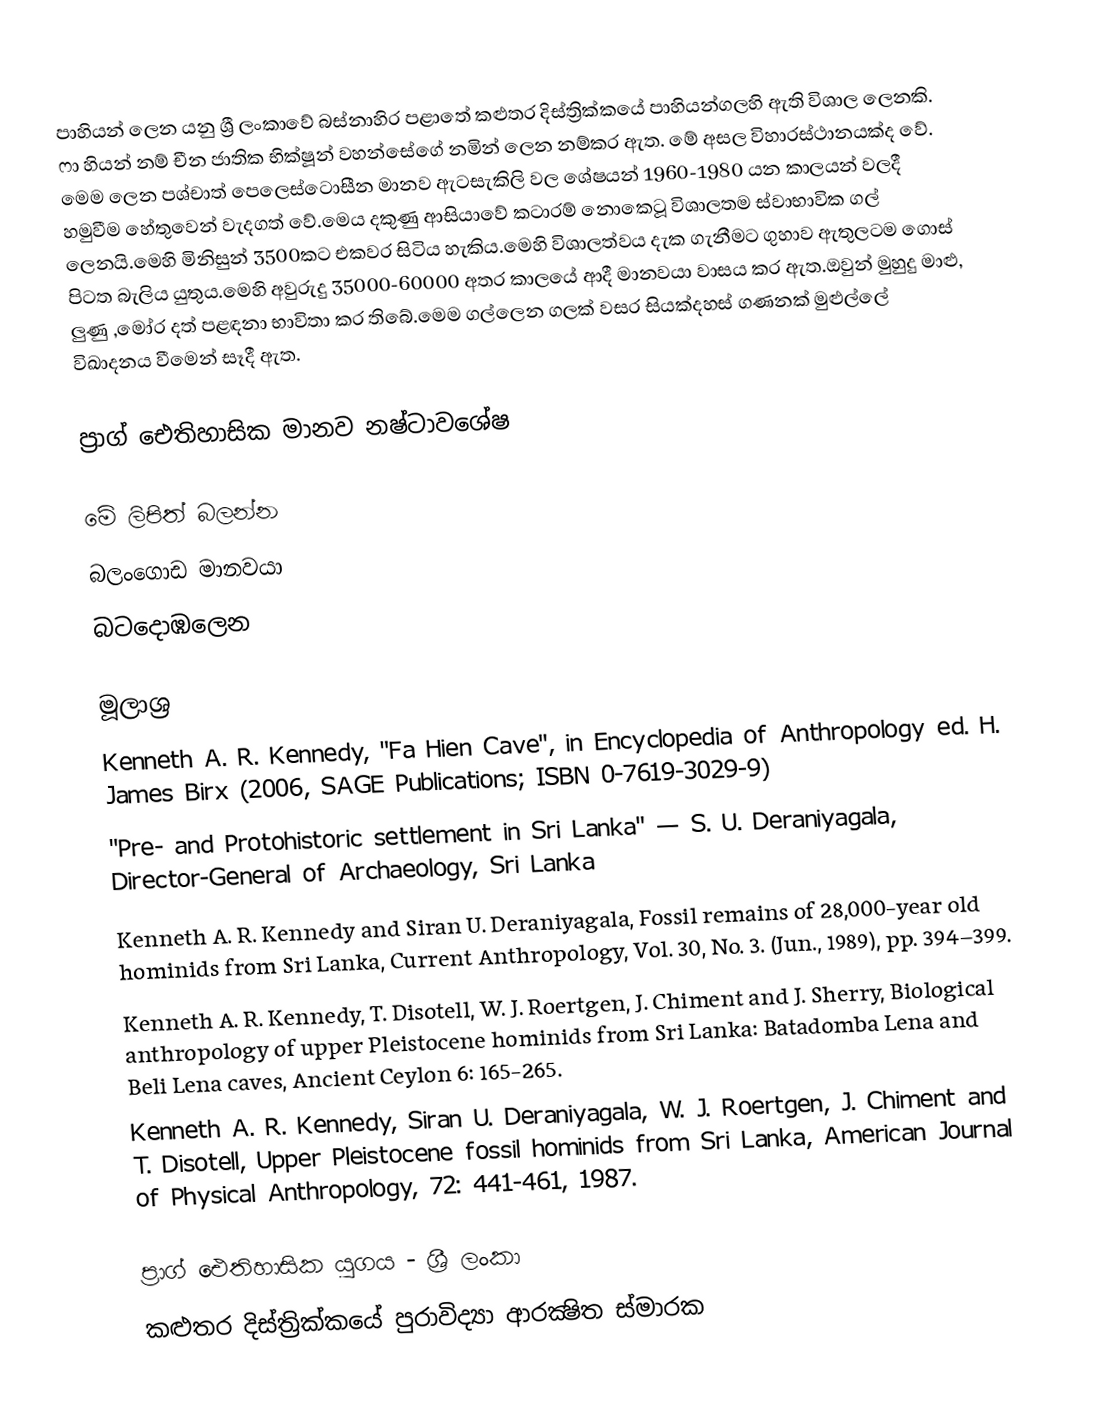
පාහියන් ලෙන යනු ශ්‍රී ලංකාවේ බස්නාහිර පළාතේ කළුතර දිස්ත්‍රික්කයේ පාහියන්ගලහි ඇති විශාල ලෙනකි.  ෆා හියන් නම් චීන ජාතික භික්ෂූන් වහන්සේගේ නමින් ලෙන නම්කර ඇත. මේ අසල විහාරස්ථානයක්ද වේ. මෙම ලෙන පශ්චාත් පෙලෙස්ටොසීන මානව ඇටසැකිලි වල ශේෂයන් 1960-1980 යන කාලයන් වලදී හමුවීම හේතුවෙන් වැදගත් වේ.මෙය දකුණු ආසියාවේ කටාරම් නොකෙටූ විශාලතම ස්වාභාවික ගල් ලෙනයි.මෙහි මිනිසුන් 3500කට එකවර සිටිය හැකිය.මෙහි විශාලත්වය දැක ගැනීමට ගුහාව ඇතුලටම ගොස් පිටත බැලිය යුතුය.මෙහි අවුරුදු 35000-60000 අතර කාලයේ ආදී මානවයා වාසය කර ඇත.ඔවුන් මුහුදු මාළු, ලුණු ,මෝර දත් පළඳනා භාවිතා කර තිබේ.මෙම ගල්ලෙන ගලක් වසර සියක්දහස් ගණනක් මුළුල්ලේ  විඛාදනය වීමෙන් සෑදී ඇත.

ප්‍රාග් ඓතිහාසික මානව නෂ්ටාවශේෂ

මේ ලිපිත් බලන්න
බලං‌ගොඩ මානවයා
බටදොඹලෙන

මූලාශ්‍ර
Kenneth A. R. Kennedy, "Fa Hien Cave", in Encyclopedia of Anthropology ed. H. James Birx (2006, SAGE Publications; ISBN 0-7619-3029-9)
"Pre- and Protohistoric settlement in Sri Lanka" — S. U. Deraniyagala, Director-General of Archaeology, Sri Lanka
Kenneth A. R. Kennedy and Siran U. Deraniyagala, Fossil remains of 28,000-year old hominids from Sri Lanka, Current Anthropology, Vol. 30, No. 3. (Jun., 1989), pp. 394–399.
Kenneth A. R. Kennedy, T. Disotell, W. J. Roertgen, J. Chiment and J. Sherry, Biological anthropology of upper Pleistocene hominids from Sri Lanka: Batadomba Lena and Beli Lena caves, Ancient Ceylon 6: 165-265.
Kenneth A. R. Kennedy, Siran U. Deraniyagala, W. J. Roertgen, J. Chiment and T. Disotell, Upper Pleistocene fossil hominids from Sri Lanka, American Journal of Physical Anthropology, 72: 441-461, 1987.

ප්‍රාග් ඓතිහාසික යුගය - ශ්‍රී ලංකා
කළුතර දිස්ත්‍රික්කයේ පුරාවිද්‍යා ආරක්‍ෂිත ස්මාරක